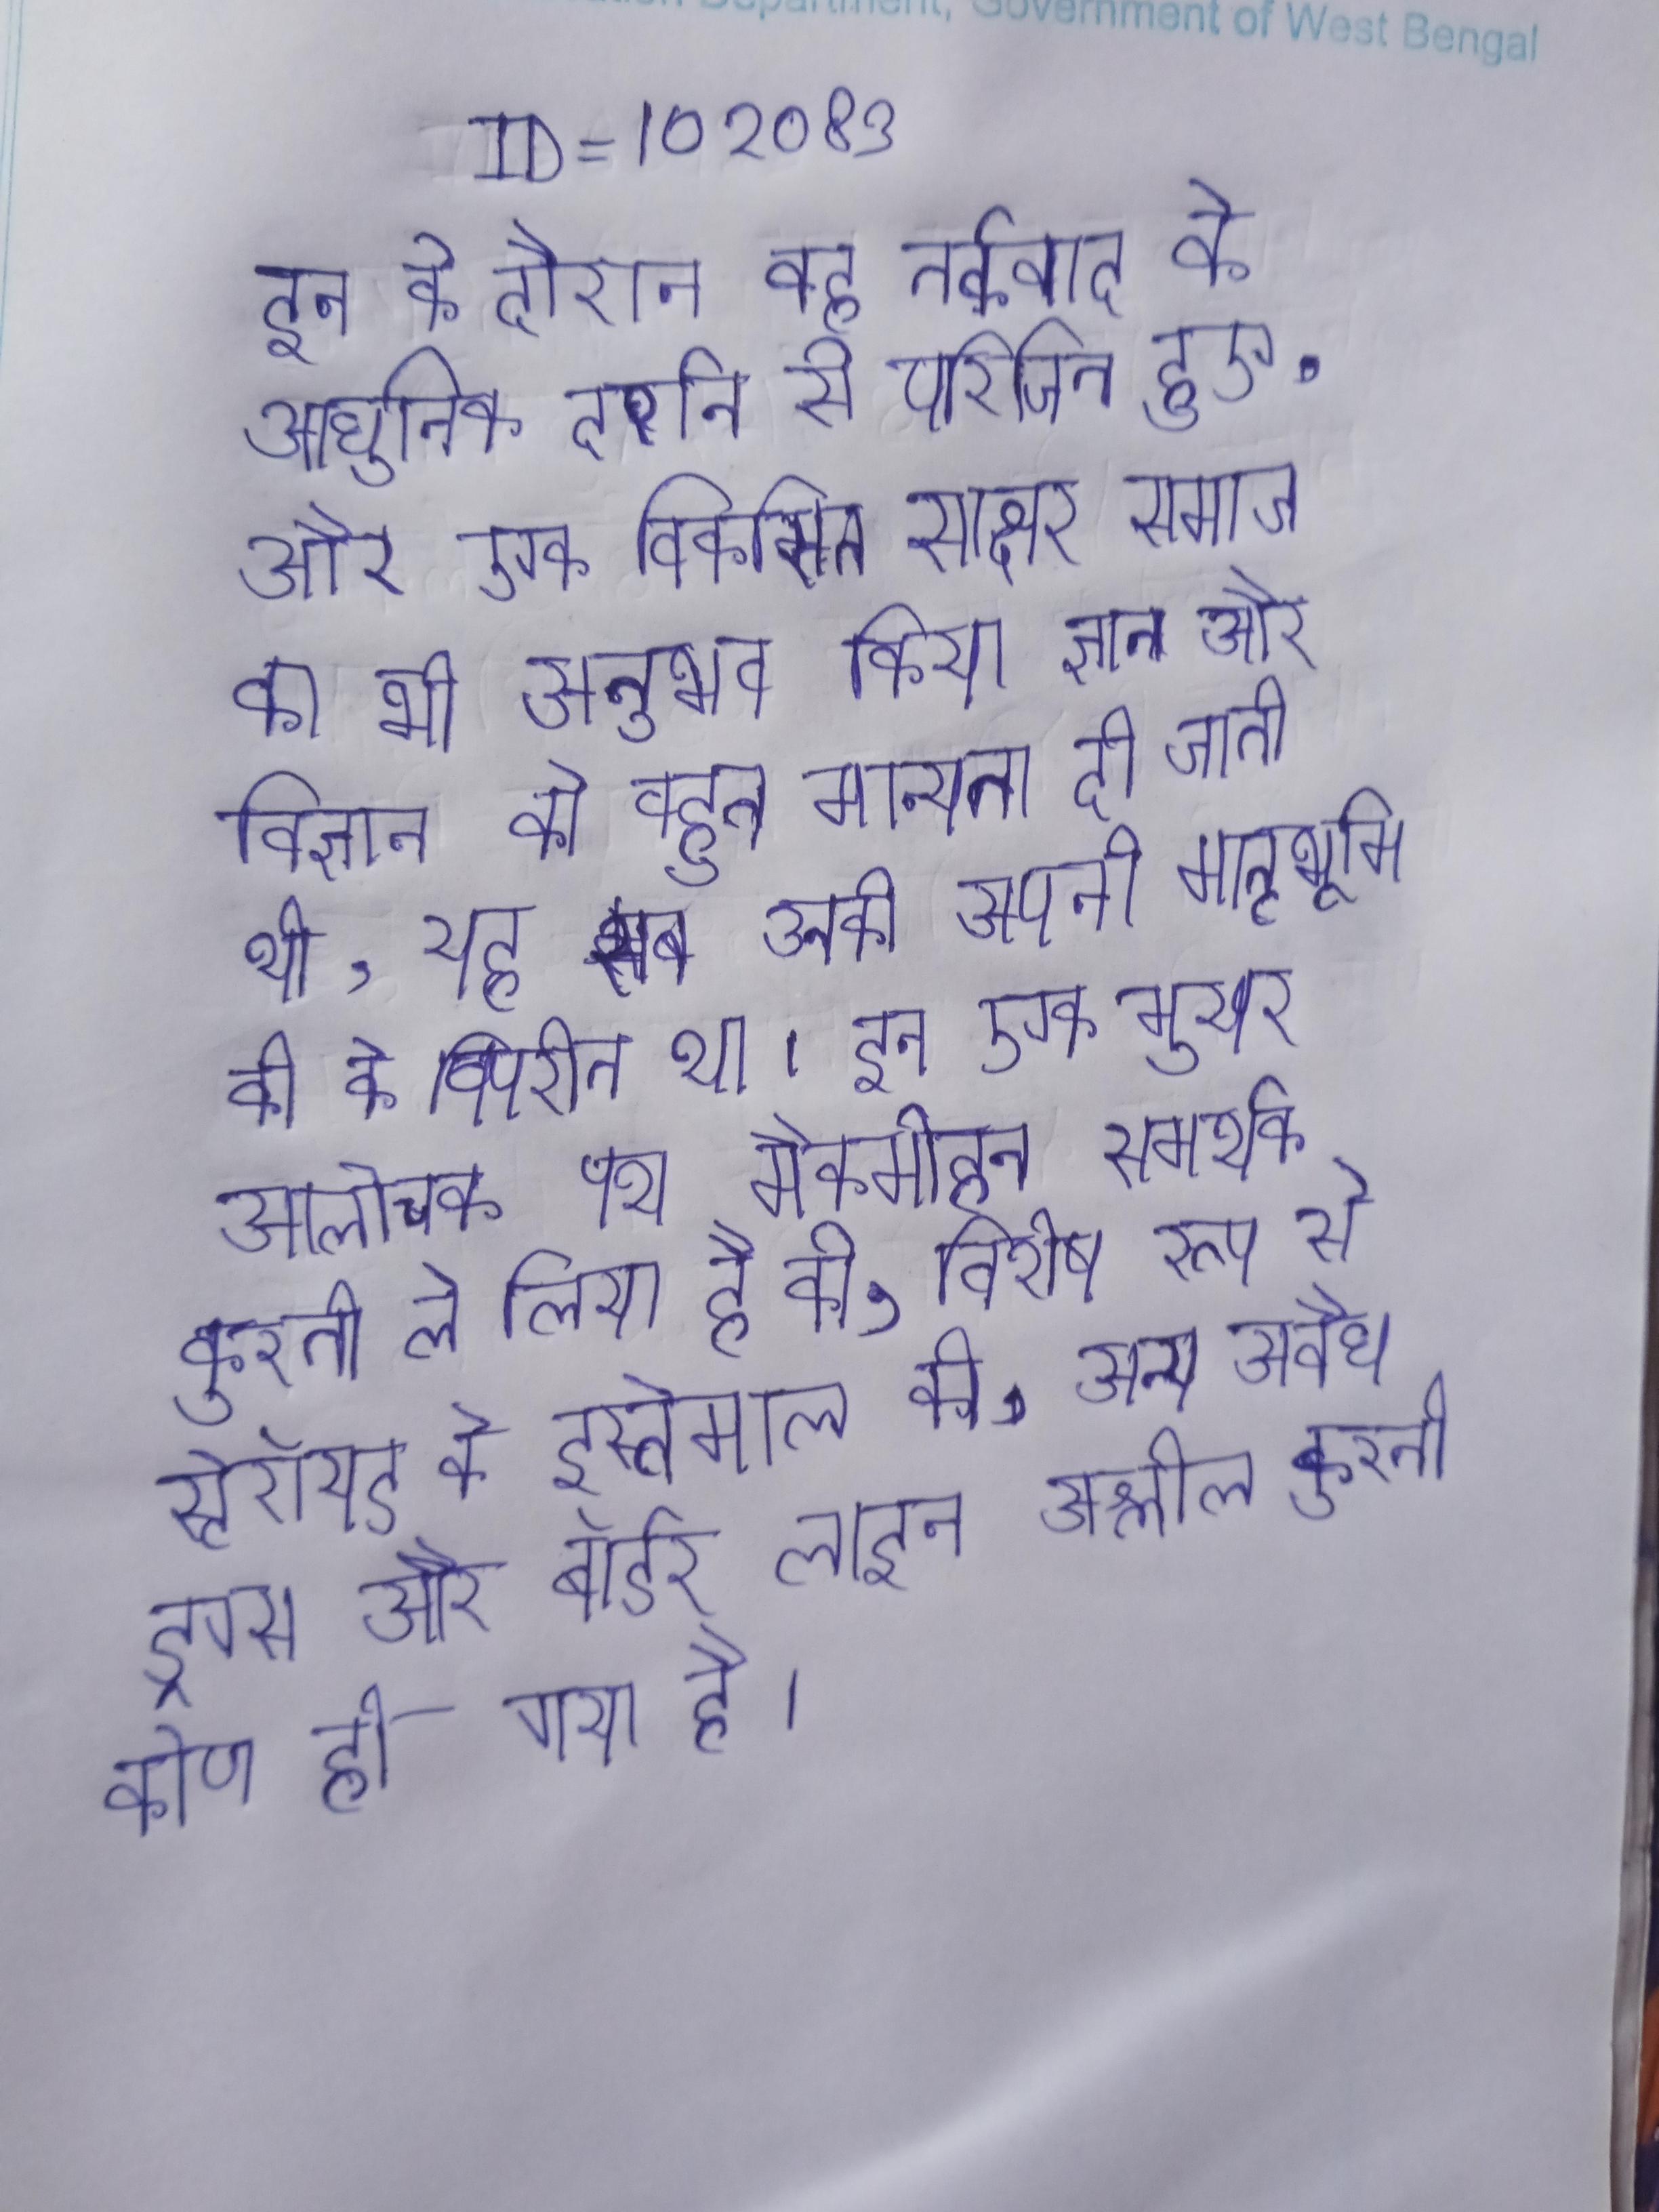
इन के दौरान वह तर्कवाद के आधुनिक दर्शन से परिचित हुए, और एक विकसित साक्षर समाज का भी अनुभव किया ज्ञान और विज्ञान को बहुत मान्यता दी जाती थी, यह सब उनकी अपनी मातृभूमि की के विपरीत था । इन एक मुखर आलोचक पथ मैकमोहन समर्थक कुश्ती ले लिया है की, विशेष रूप से स्टेरॉयड के इस्तेमाल की, अन्य अवैध ड्रग्स और बॉर्डर लाइन अश्लील कुश्ती कोण हो गया है ।